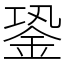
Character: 銎